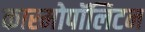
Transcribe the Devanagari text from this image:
कास्मोपॉलिटन